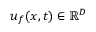
\boldsymbol { u } _ { f } ( \boldsymbol { x } , t ) \in \mathbb { R } ^ { D }